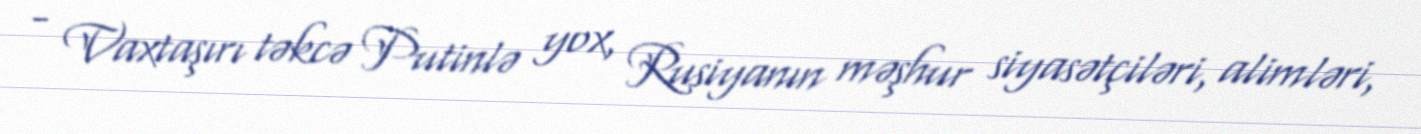
- Vaxtaşırı təkcə Putinlə yox, Rusiyanın məşhur siyasətçiləri, alimləri,